65_HS1-834228961_62-HQ-83894_Section_5
Agency: FBI
Page 18
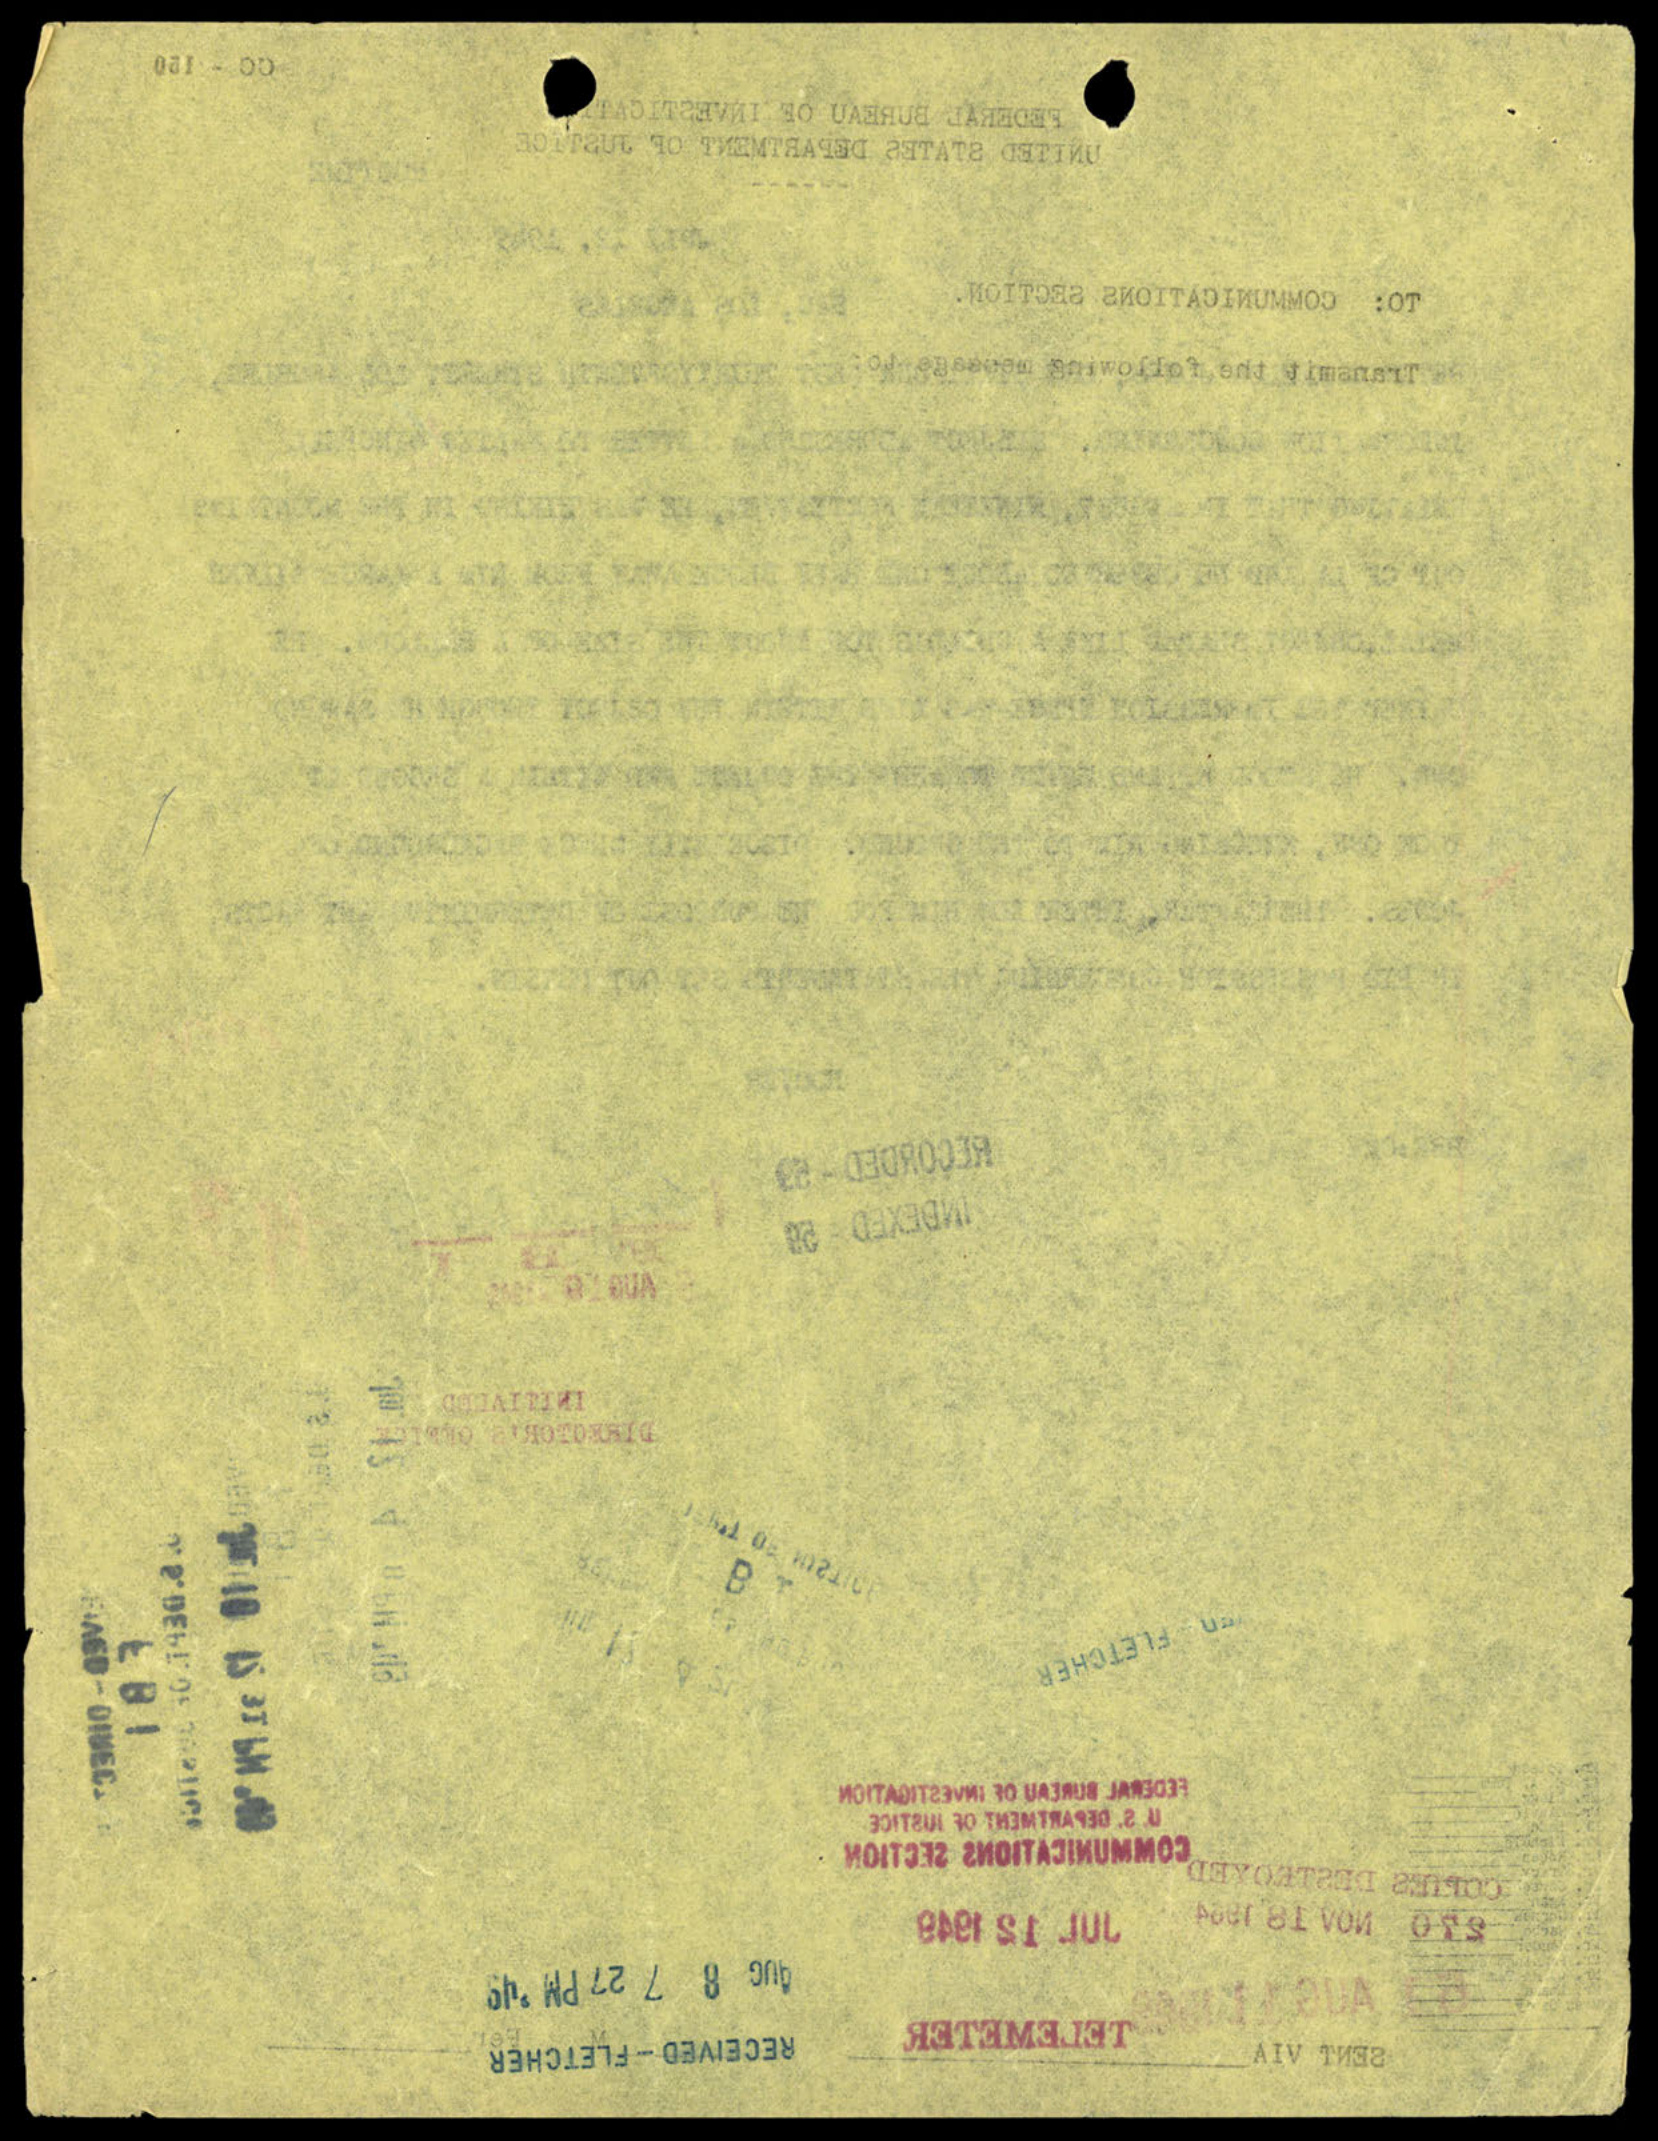